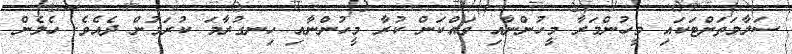
ސަލާމަތަށްޓަކައި މީހުންމަރާ މީހުންނާއި ވައްކަން ކުރާ މީހުންނާއި ހިނގުރާމަ ކުރަމުން ދެއެވެ. ހެލެން